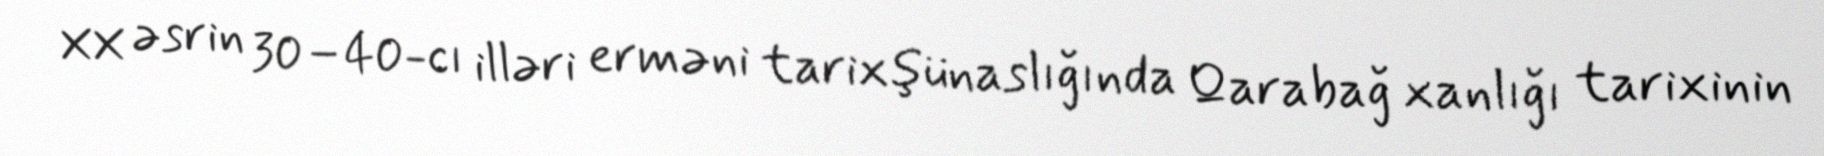
XX əsrin 30–40-cı illəri erməni tarixşünaslığında Qarabağ xanlığı tarixinin